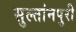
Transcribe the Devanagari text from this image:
सुल्तांनपुरी